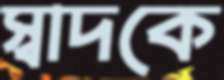
স্বাদকে